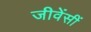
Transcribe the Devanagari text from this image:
जीवेंसीं